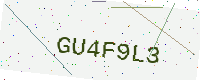
Text: GU4F9L3